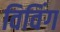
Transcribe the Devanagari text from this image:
विविंग